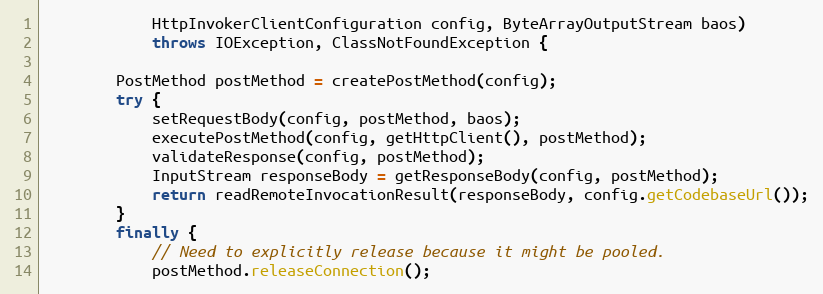
Language: Java
            HttpInvokerClientConfiguration config, ByteArrayOutputStream baos)
            throws IOException, ClassNotFoundException {

        PostMethod postMethod = createPostMethod(config);
        try {
            setRequestBody(config, postMethod, baos);
            executePostMethod(config, getHttpClient(), postMethod);
            validateResponse(config, postMethod);
            InputStream responseBody = getResponseBody(config, postMethod);
            return readRemoteInvocationResult(responseBody, config.getCodebaseUrl());
        }
        finally {
            // Need to explicitly release because it might be pooled.
            postMethod.releaseConnection();